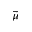
\vec { \mu }